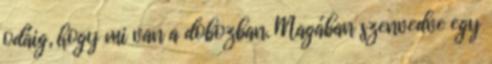
odáig, hogy mi van a dobozban. Magában szenvedve egy